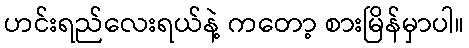
ဟင်းရည်လေးရယ်နဲ့ ကတော့ စားမြိန်မှာပါ။